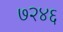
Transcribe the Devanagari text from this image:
७२४६